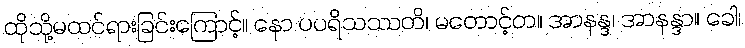
ထိုသို့မထင်ရားခြင်းကြောင့်။ နော ပပရိသဿတိ၊ မတောင့်တ။ အာနန္ဒ၊ အာနန္ဒာ။ ခေါ၊